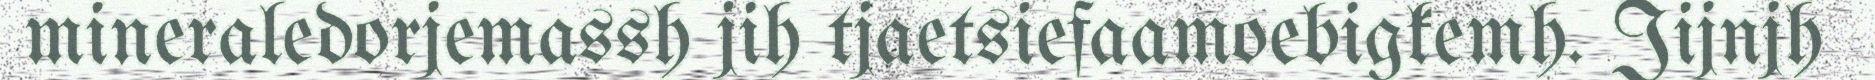
mineraledorjemassh jih tjaetsiefaamoebigkemh. Jijnjh